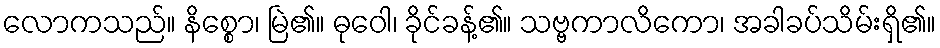
လောကသည်။ နိစ္စော၊ မြဲ၏။ ဓုဝေါ၊ ခိုင်ခန့်၏။ သဗ္ဗကာလိကော၊ အခါခပ်သိမ်းရှိ၏။